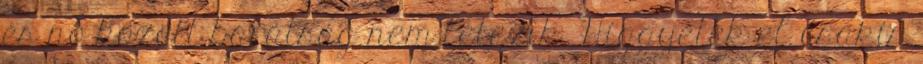
és nő között barátság nem létezik. Higgyétek el csakis